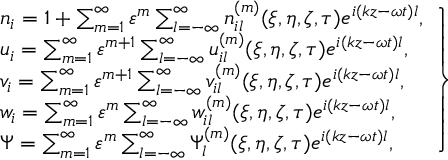
\left. \begin{array} { r l } & { n _ { i } = 1 + \sum _ { m = 1 } ^ { \infty } \varepsilon ^ { m } \sum _ { l = - \infty } ^ { \infty } n _ { i l } ^ { ( m ) } ( \xi , \eta , \zeta , \tau ) e ^ { i ( k z - \omega t ) l } , } \\ & { u _ { i } = \sum _ { m = 1 } ^ { \infty } \varepsilon ^ { m + 1 } \sum _ { l = - \infty } ^ { \infty } u _ { i l } ^ { ( m ) } ( \xi , \eta , \zeta , \tau ) e ^ { i ( k z - \omega t ) l } , } \\ & { v _ { i } = \sum _ { m = 1 } ^ { \infty } \varepsilon ^ { m + 1 } \sum _ { l = - \infty } ^ { \infty } v _ { i l } ^ { ( m ) } ( \xi , \eta , \zeta , \tau ) e ^ { i ( k z - \omega t ) l } , } \\ & { w _ { i } = \sum _ { m = 1 } ^ { \infty } \varepsilon ^ { m } \sum _ { l = - \infty } ^ { \infty } w _ { i l } ^ { ( m ) } ( \xi , \eta , \zeta , \tau ) e ^ { i ( k z - \omega t ) l } , } \\ & { \Psi = \sum _ { m = 1 } ^ { \infty } \varepsilon ^ { m } \sum _ { l = - \infty } ^ { \infty } \Psi _ { l } ^ { ( m ) } ( \xi , \eta , \zeta , \tau ) e ^ { i ( k z - \omega t ) l } , } \end{array} \right\}